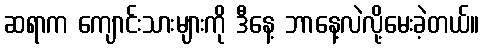
ဆရာက ကျောင်းသားများကို ဒီနေ့ ဘာနေ့လဲလို့မေးခဲ့တယ်။